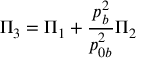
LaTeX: \Pi _ { 3 } = \Pi _ { 1 } + { \frac { p _ { b } ^ { 2 } } { p _ { 0 b } ^ { 2 } } } \Pi _ { 2 }